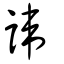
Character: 諱